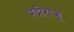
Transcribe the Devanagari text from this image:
भद्रीराजू